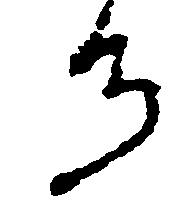
る